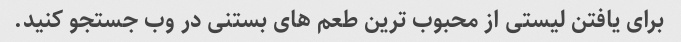
برای یافتن لیستی از محبوب ترین طعم های بستنی در وب جستجو کنید.